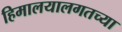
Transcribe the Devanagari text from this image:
हिमालयालगतच्या